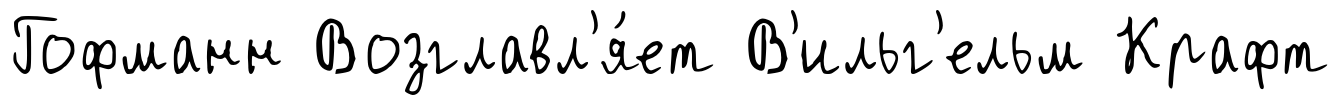
Гофманн Возглавл'я́ет В'ильг'ельм Крафт